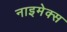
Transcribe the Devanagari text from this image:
नाइमेक्स